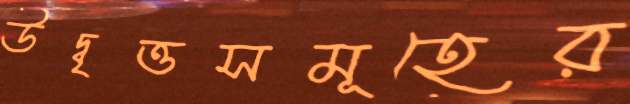
উদ্বৃত্তসমূহের